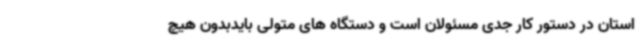
استان در دستور کار جدی مسئولان است و دستگاه های متولی بایدبدون هیچ